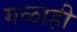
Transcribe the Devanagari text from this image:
गळाही